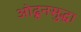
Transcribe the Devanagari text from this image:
ओढूनसुद्धा